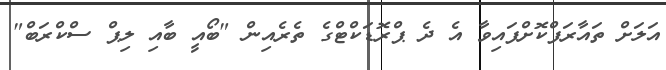
އަލަށް ތައާރަފްކޮށްފައިވާ އެ ދެ ޕްރޮޑަކްޓްގެ ތެރެއިން "ބޯއީ ބާއި ލިޕް ސްކްރަބް"